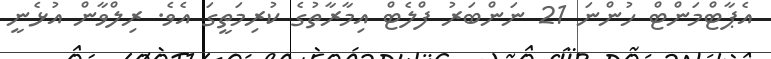
އެޕާޓްމަންޓް ހުންނަ 21 ނަންބަރު ފްލެޓް އިމާރާތުގެ ކުރިމަތީގަ އެވެ. ރިލްވާން އުޅެނީ